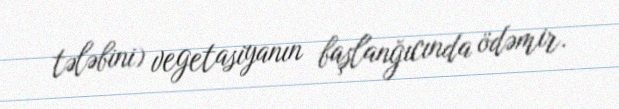
tələbini) vegetasiyanın başlanğıcında ödəmir.